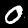
Digit: 0